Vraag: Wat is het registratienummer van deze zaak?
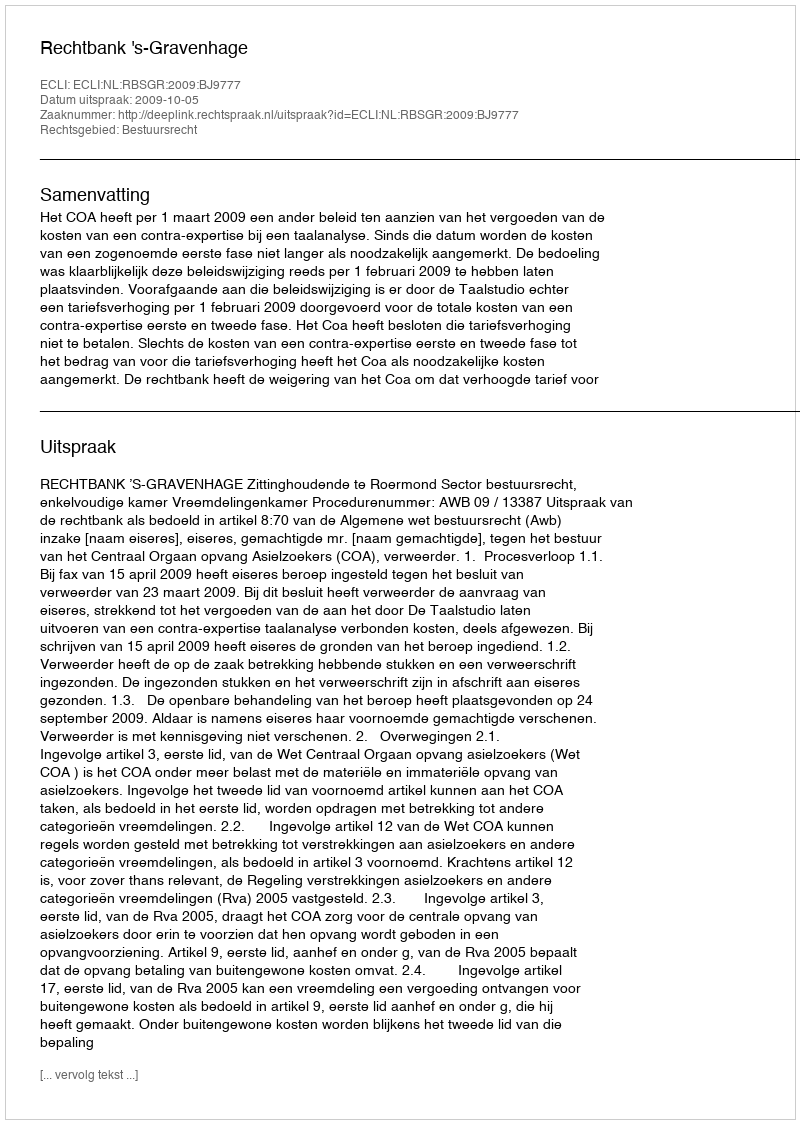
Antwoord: http://deeplink.rechtspraak.nl/uitspraak?id=ECLI:NL:RBSGR:2009:BJ9777